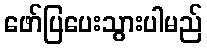
ဖော်ပြပေးသွားပါမည်